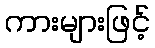
ကားများဖြင့်